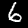
Digit: 6